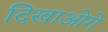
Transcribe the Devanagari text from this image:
दिखाओगे